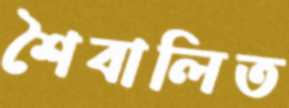
শৈবালিত